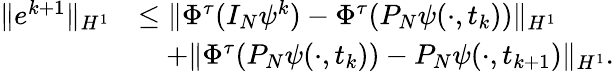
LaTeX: \begin{array}{rl}{\| e^{k+1}\| _{H^{1}}}&{\leq\| \Phi^{\tau}(I_{N}\psi^{k})-\Phi^{\tau}(P_{N}\psi(\cdot,t_{k}))\| _{H^{1}}}\\ &{\quad+\| \Phi^{\tau}(P_{N}\psi(\cdot,t_{k}))-P_{N}\psi(\cdot,t_{k+1})\| _{H^{1}}.}\end{array}